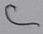
Text: C